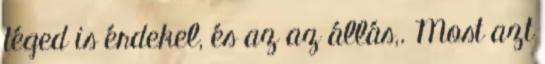
téged is érdekel, és az az állás,. Most azt